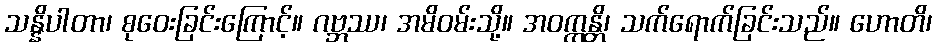
သန္နိပါတာ၊ စုဝေးခြင်းကြောင့်။ ဂဗ္ဘဿ၊ အမိဝမ်းသို့။ အဝက္ကန္တိ၊ သက်ရောက်ခြင်းသည်။ ဟောတိ၊